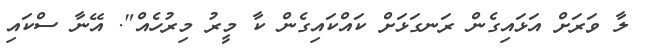
ލާ ވަރަށް އަޅައިގެން ރަނގަޅަށް ކައްކައިގެން ކާ މީރު މިރުހެއް". އޭނާ ސްކައި